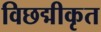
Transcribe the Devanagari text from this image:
विछद्मीकृत